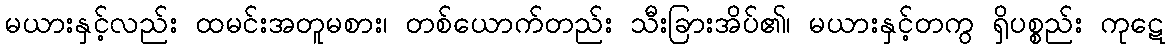
မယားနှင့်လည်း ထမင်းအတူမစား၊ တစ်ယောက်တည်း သီးခြားအိပ်၏၊ မယားနှင့်တကွ ရှိပစ္စည်း ကုဋေ